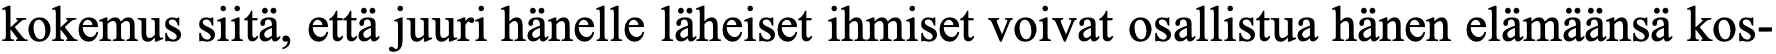
kokemus siitä, että juuri hänelle läheiset ihmiset voivat osallistua hänen elämäänsä kos-